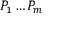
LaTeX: P _ { 1 } \ldots P _ { m }